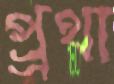
প্র্রথা